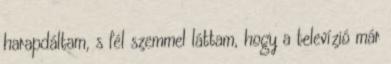
harapdáltam, s fél szemmel láttam, hogy a televízió már